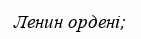
Ленин ордені;